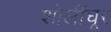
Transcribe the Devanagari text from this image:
शोलींघूर